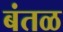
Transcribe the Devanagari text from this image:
बंतळ